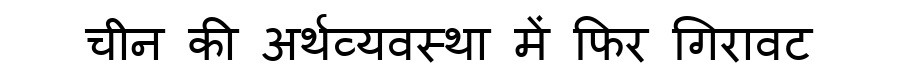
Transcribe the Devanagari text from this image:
चीन की अर्थव्यवस्था में फिर गिरावट